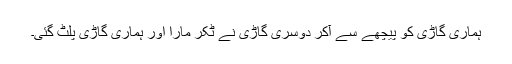
ہماری گاڑی کو پیچھے سے آکر دوسری گاڑی نے ٹکر مارا اور ہماری گاڑی پلٹ گئی۔